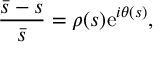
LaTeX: \frac { \bar { s } - s } { \bar { s } } = \rho ( s ) \mathrm { e } ^ { i \theta ( s ) } ,